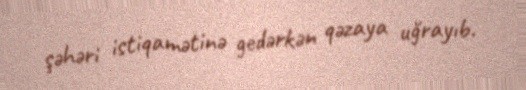
şəhəri istiqamətinə gedərkən qəzaya uğrayıb.